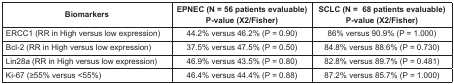
| Biomarkers | EPNEC (N = 56 patients evaluable) P-value (X2/Fisher) | SCLC (N = 68 patients evaluable) P-value (X2/Fisher) |
 | --- | --- | --- |
 | ERCC1 (RR in High versus low expression) | 44.2% versus 46.2% (P = 0.90) | 86% versus 90.9% (P = 1.000) |
 | Bcl-2 (RR in High versus low expression) | 37.5% versus 47.5% (P = 0.50) | 84.8% versus 88.6% (P = 0.730) |
 | Lin28a (RR in High versus low expression) | 46.9% versus 43.5% (P = 0.80) | 82.8% versus 89.7% (P = 0.481) |
 | Ki-67 (≥55% versus <55%) | 46.4% versus 44.4% (P = 0.88) | 87.2% versus 85.7% (P = 1.000) |